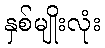
နှစ်မျိုးလုံး